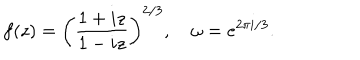
f ( z ) = \left( \frac { 1 + i z } { 1 - i z } \right) ^ { 2 / 3 } , \quad \omega = e ^ { 2 \pi i / 3 } .